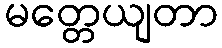
မတ္တေယျတာ